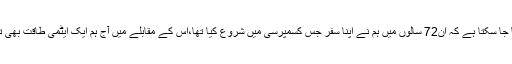
کہنے کو تو کہا جا سکتا ہے کہ ان72 سالوں میں ہم نے اپنا سفر جس کسمپرسی میں شروع کیا تھا،اُس کے مقابلے میں آج ہم ایک ایٹمی طاقت بھی تو بن چکے ہیں۔